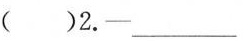
( )2.—___